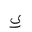
Letter: _ya